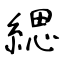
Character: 緦